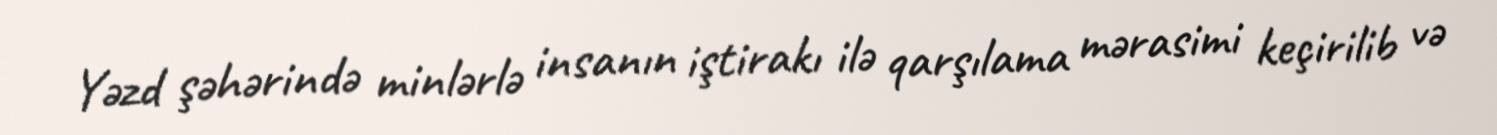
Yəzd şəhərində minlərlə insanın iştirakı ilə qarşılama mərasimi keçirilib və